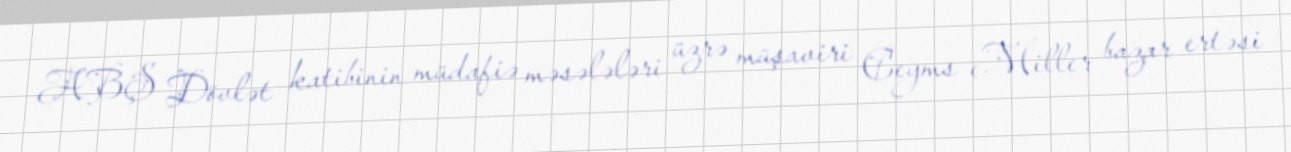
ABŞ Dövlət katibinin müdafiə məsələləri üzrə müşaviri Ceyms Miller bazar ertəsi